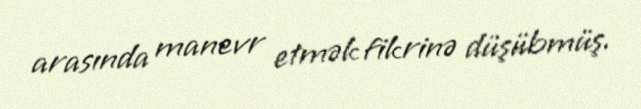
arasında manevr etmək fikrinə düşübmüş.